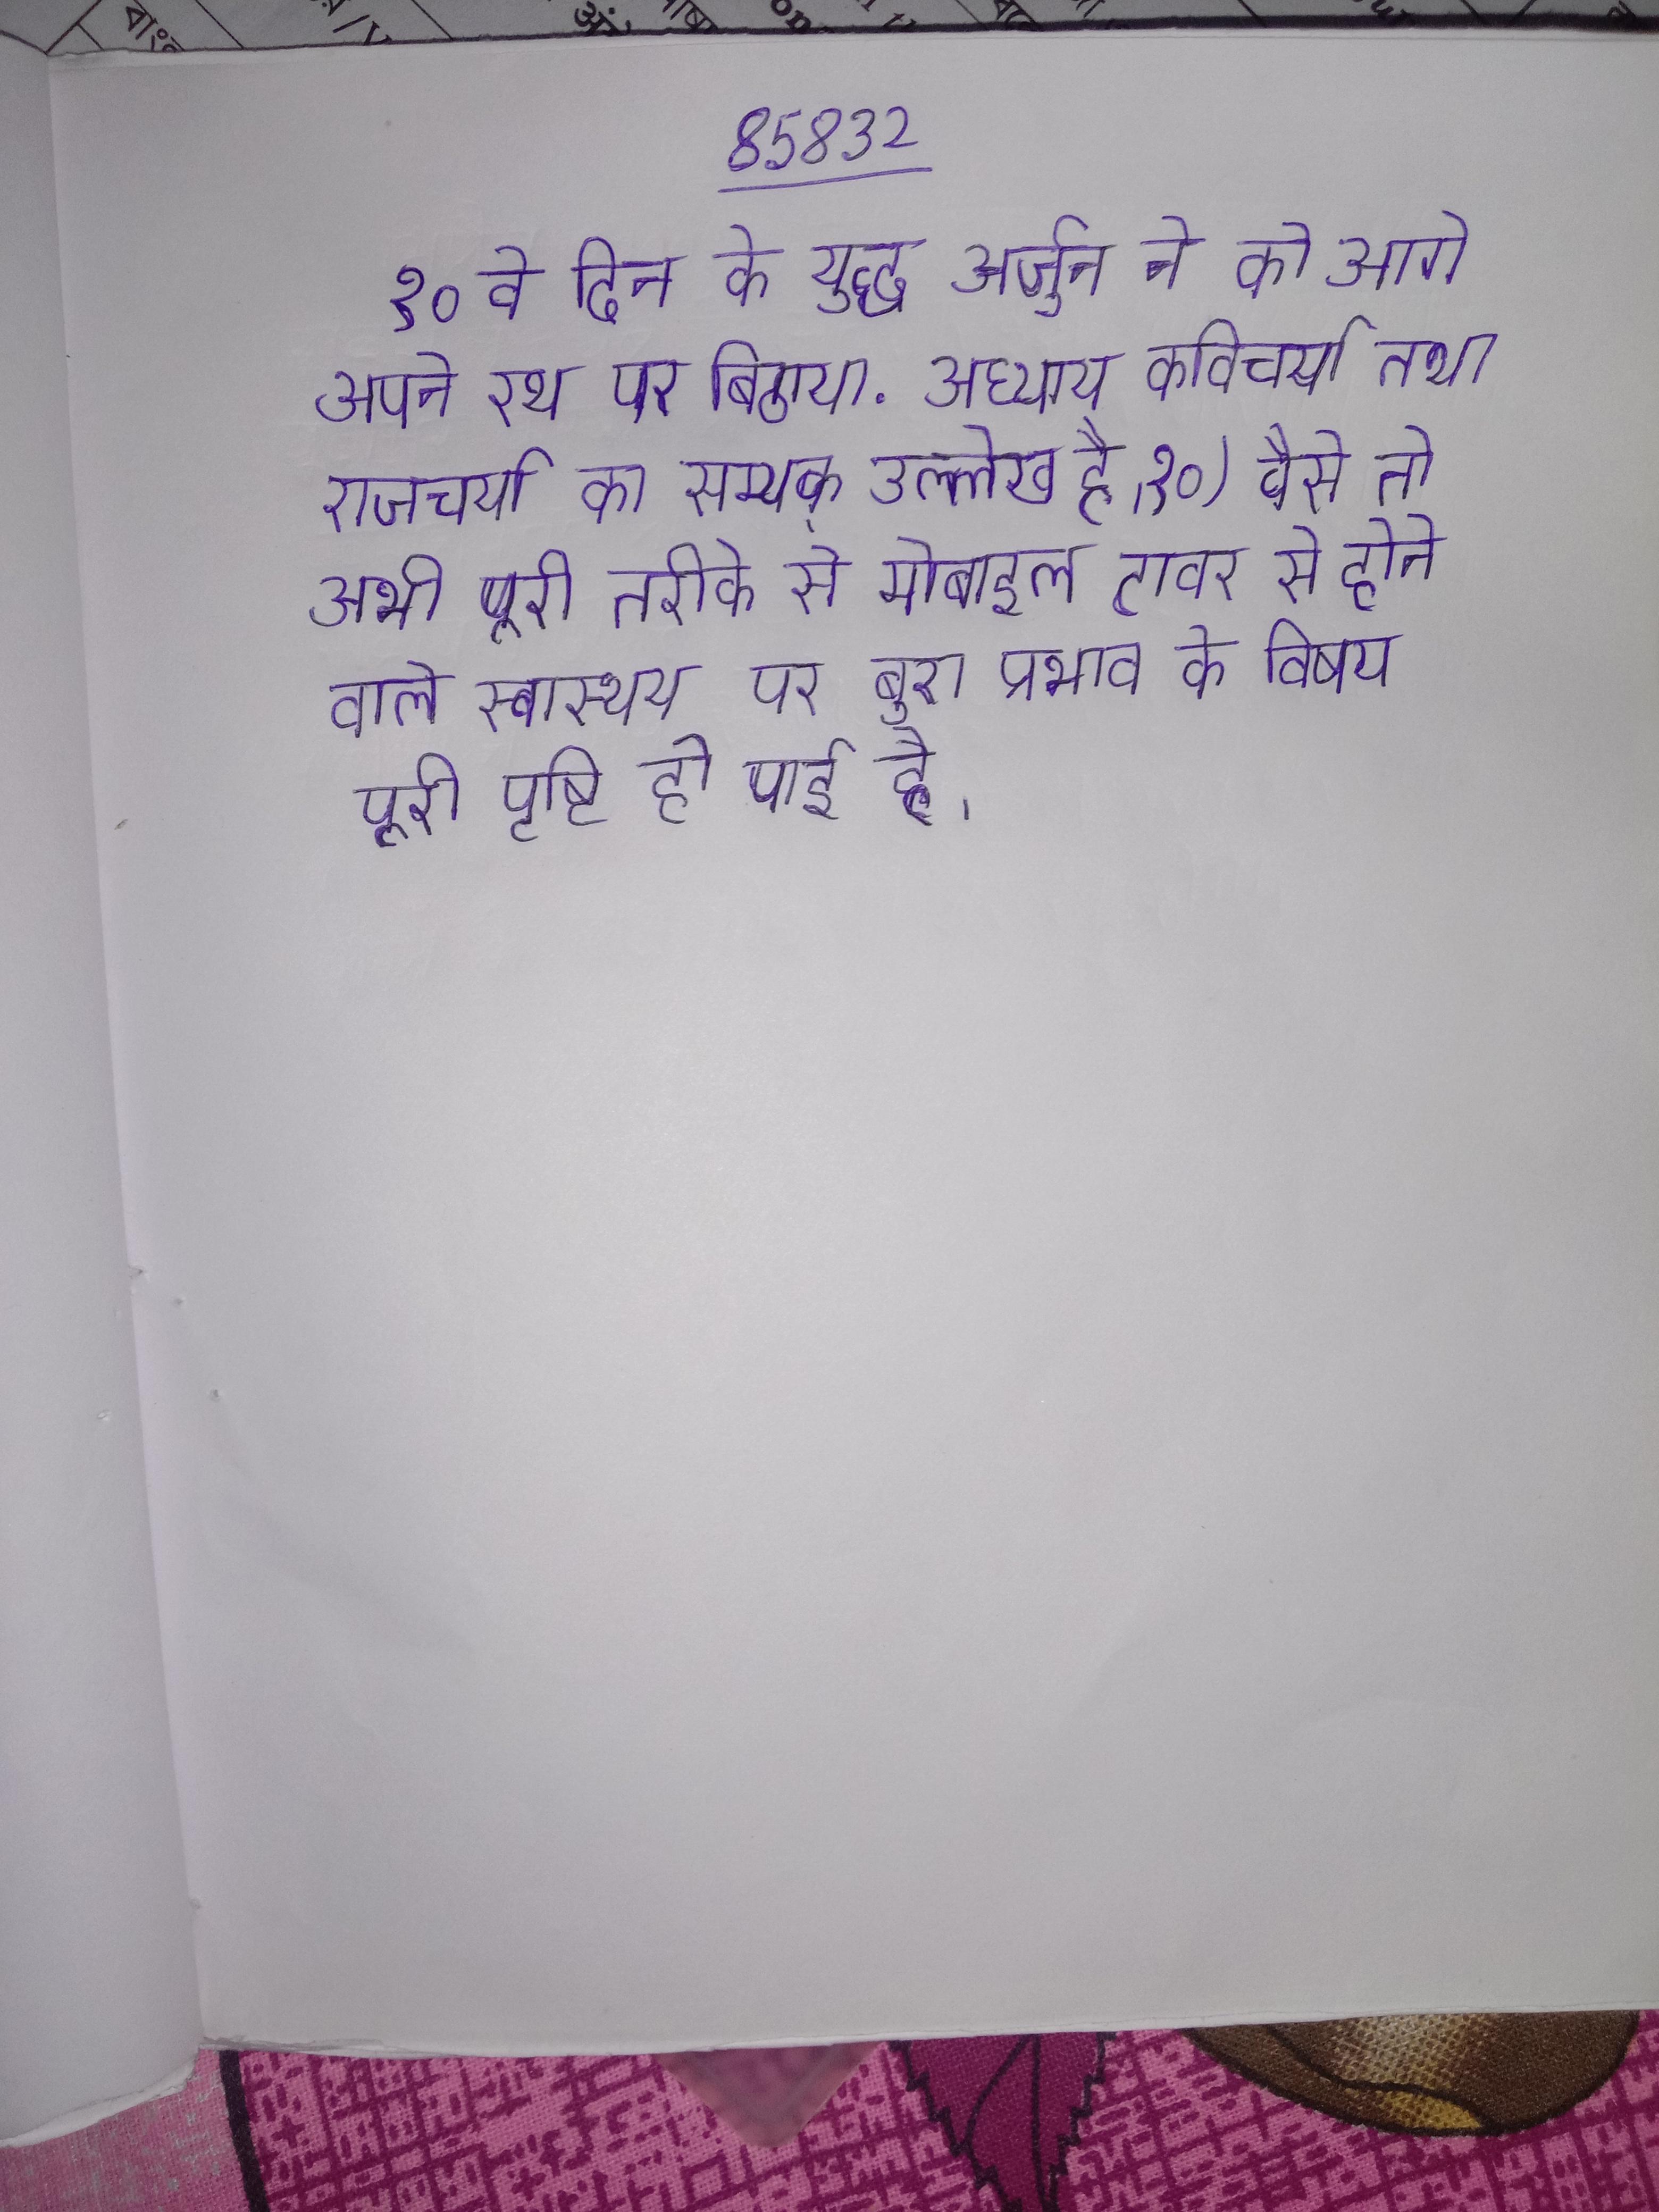
१०वे दिन के युद्ध अर्जुन ने को आगे अपने रथ पर बिठाया . अध्याय कविचर्या तथा राजचर्या का सम्यक् उल्लेख है । १०) वैसे तो अभी पूरी तरीके से मोबाइल टावर से होने वाले स्वास्थय पर बुरा प्रभाव के विषय पूरी पृष्टि हो पाई है ।